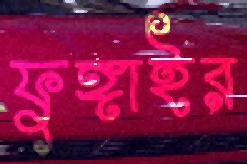
ফুঙ্গাইর